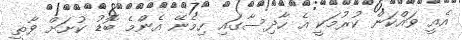
އެއީ ވައްކަން ކުރުމަކީ އެ ހާދިސާގައި ހިމެނޭ އެންމެ ބޮޑު ކުށަށް ވާތީ